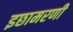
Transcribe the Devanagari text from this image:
इछामरणी